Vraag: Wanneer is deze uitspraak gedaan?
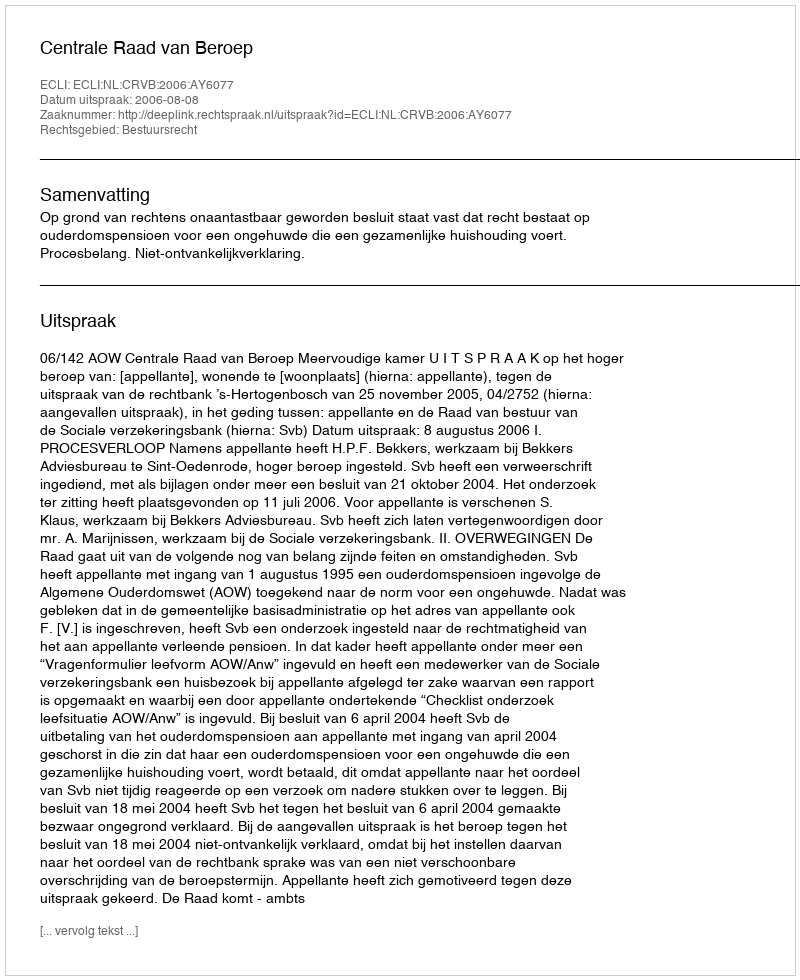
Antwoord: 2006-08-08